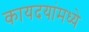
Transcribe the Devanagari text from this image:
कायदयांमध्ये